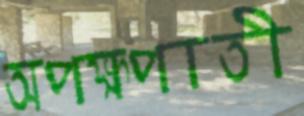
অপক্ষপাতী